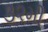
૩૨મી